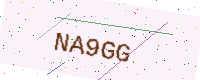
Text: NA9GG